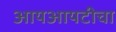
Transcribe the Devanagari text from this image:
आयआयटीचा